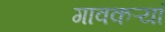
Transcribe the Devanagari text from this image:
गावकऱ्यां